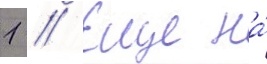
1 // Еще на́